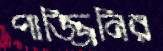
পাজ্জিনির